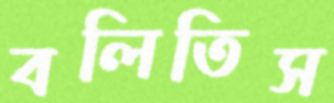
বলিতিস